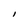
Character: l